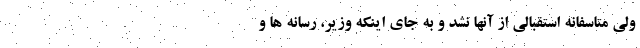
ولی متاسفانه استقبالی از آنها نشد و به جای اینکه وزیر، رسانه ها و